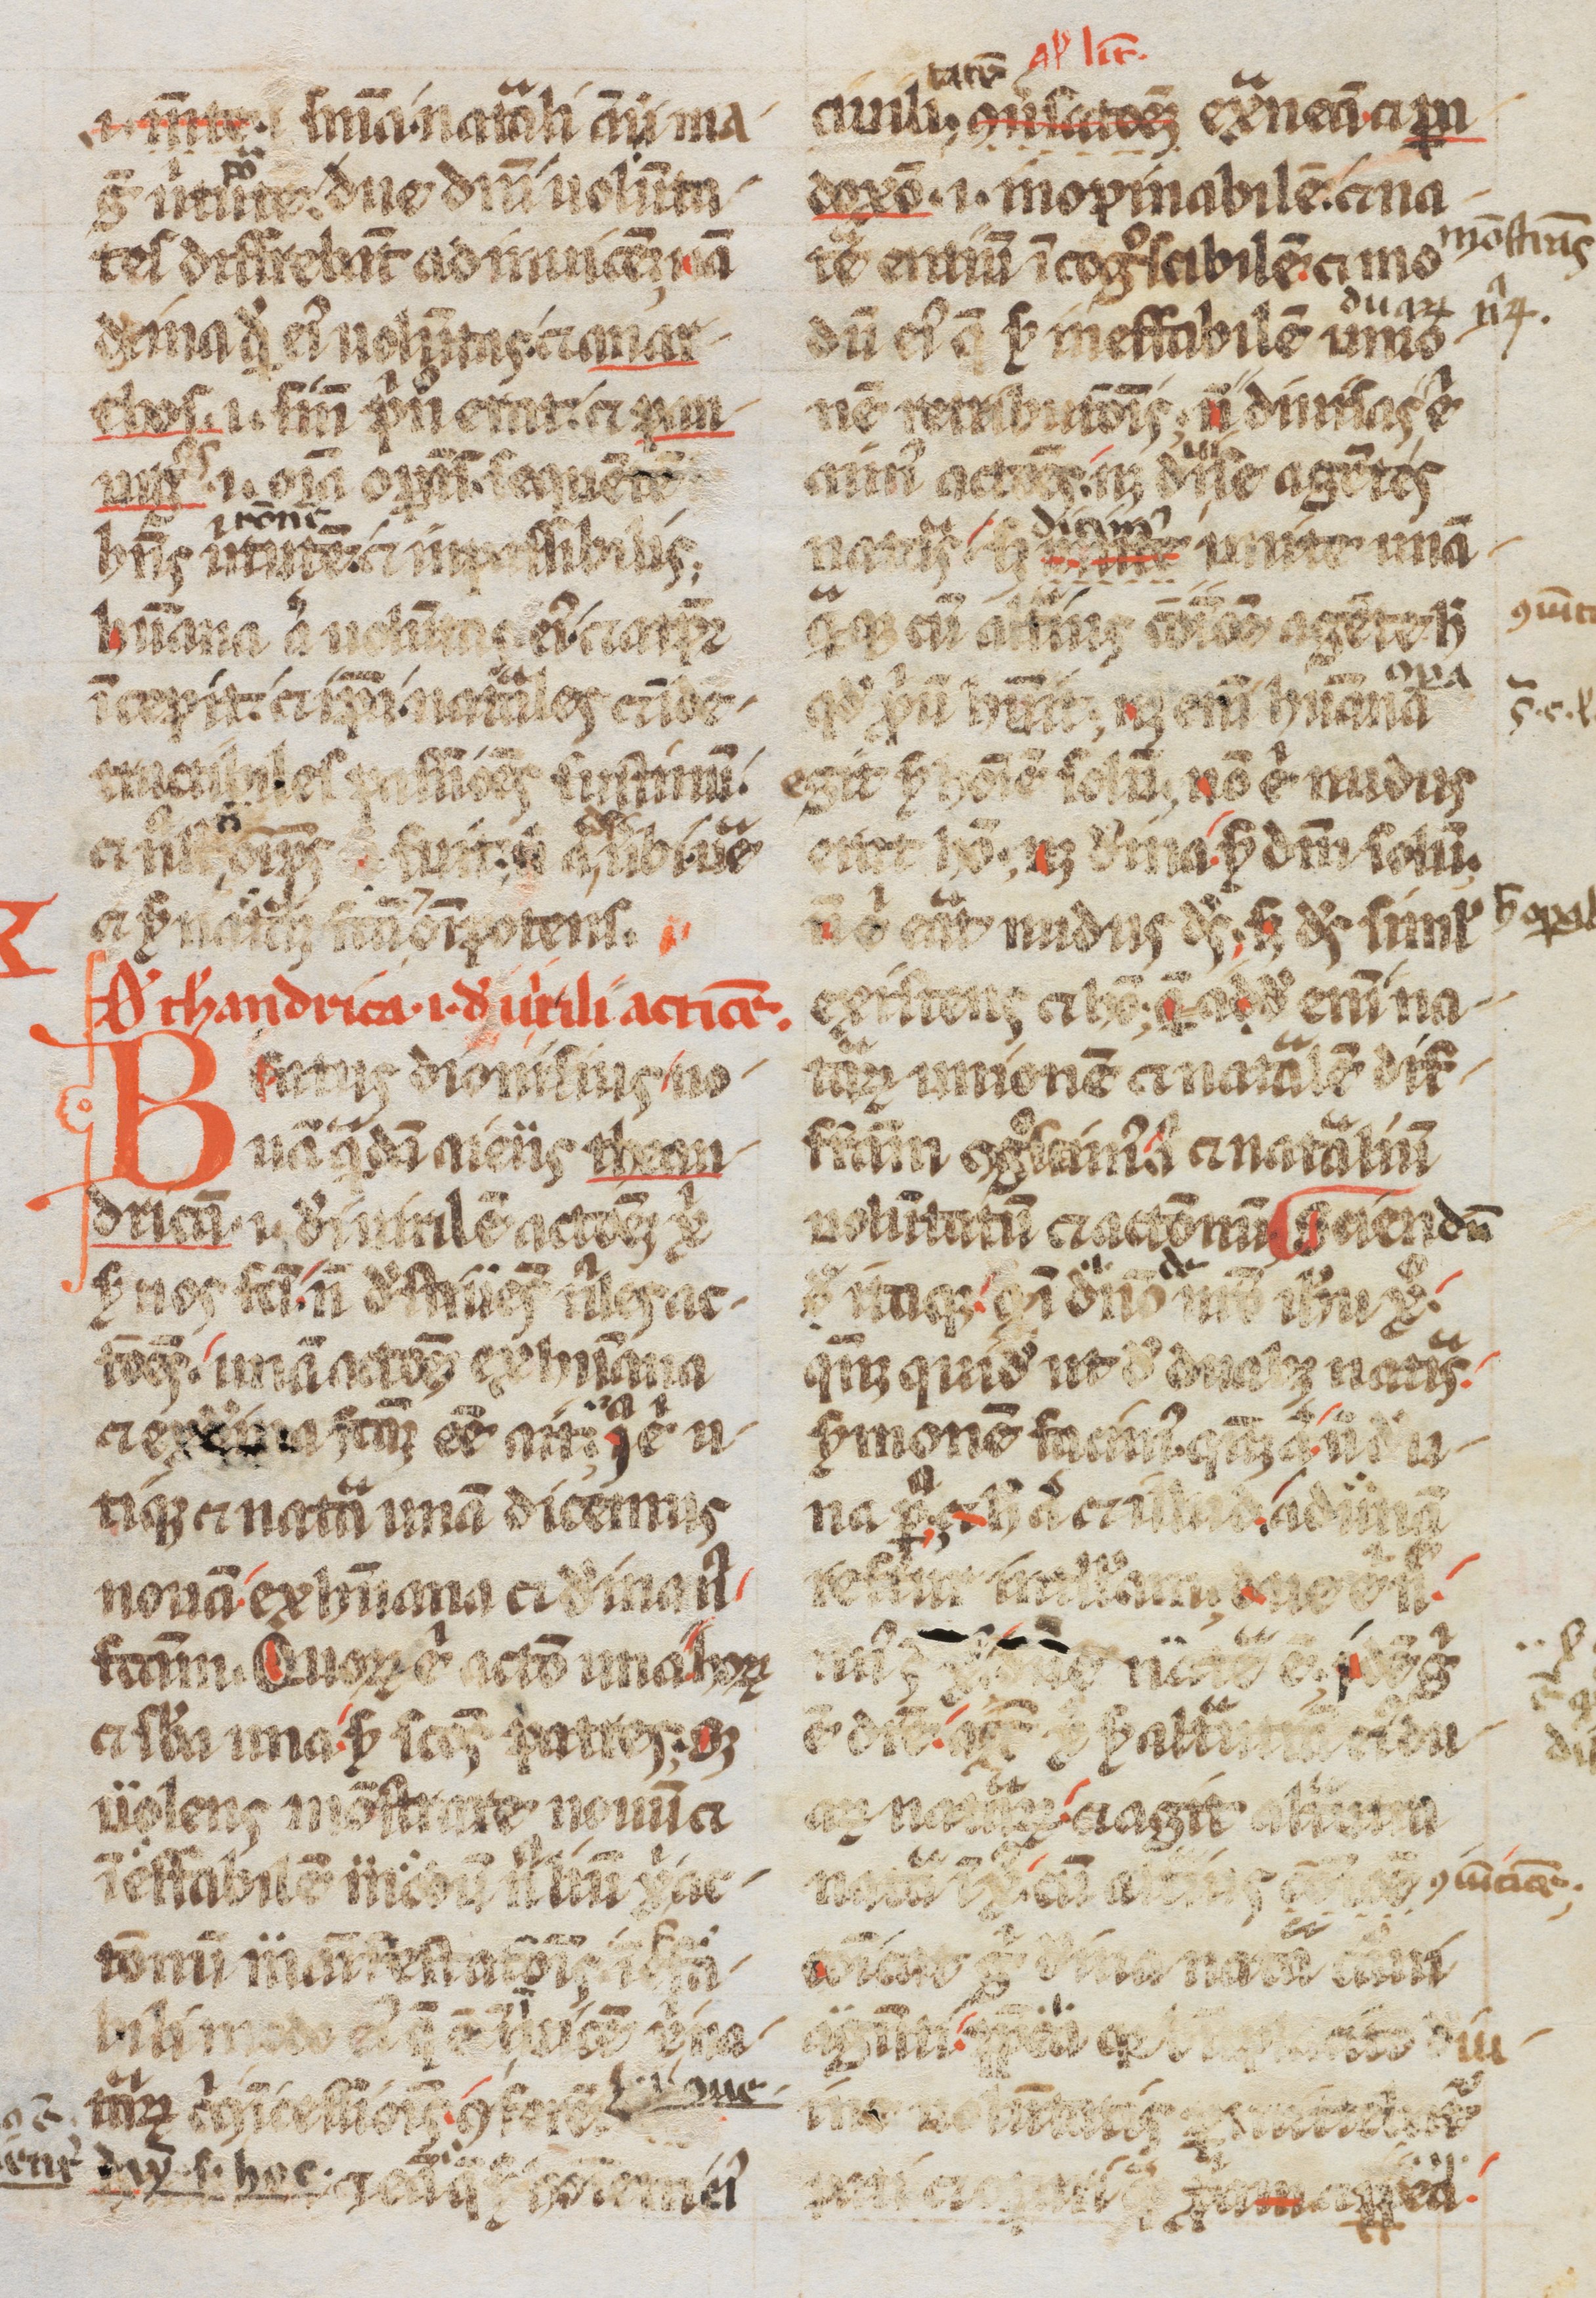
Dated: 1200–1299